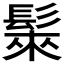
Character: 𩭷